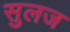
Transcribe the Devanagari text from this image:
सुलज